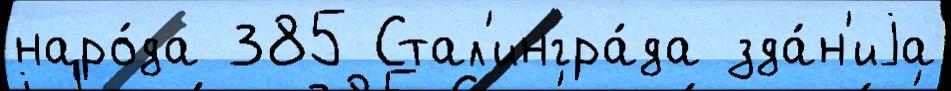
наро́да 385 Стал'ингра́да зда́н'иjа